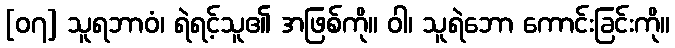
[၀၇] သူရဘာဝံ၊ ရဲရင့်သူ၏ အဖြစ်ကို။ ဝါ၊ သူရဲဘော ကောင်းခြင်းကို။